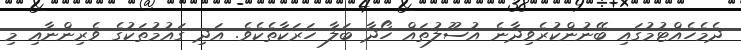
ދެމެހެއްޓުމުގައި ބޭނުންކުރެވިދާނެ އުސޫލުތައް ހޯދާ ބަލާ ހަރަކާތެކެވެ. އަދި ގައުމުތަކުގެ ވެރިންނާއި މި